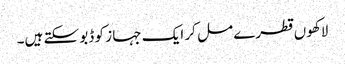
لاکھوں قطرے مل کر ایک جہا ز کو ڈبو سکتے ہیں۔